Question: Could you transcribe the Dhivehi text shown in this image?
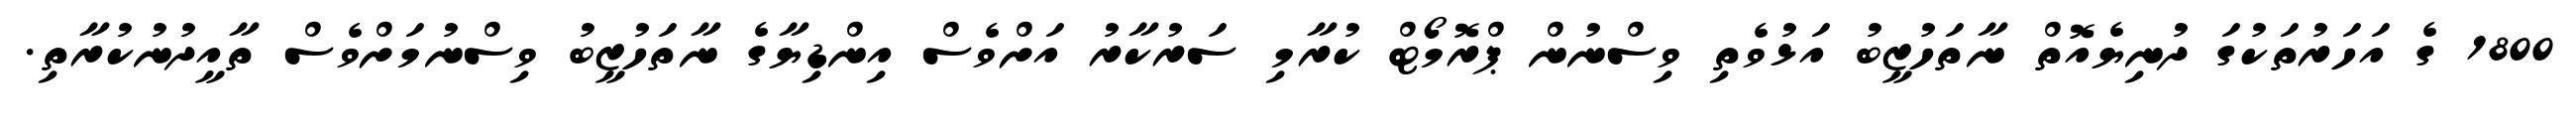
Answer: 1800 ގެ އަހަރުތަކުގަ ދުނިޔެއޮތް ނާތަހުޒީބު އަޅުވެތި ވިސްނުން ޕްރޮމޯޓް ކުރާމި ސަރުކާރު އަށްވެސް އިންޑިޔާގެ ނާތަހުޒީބު ވިސްނުމަށްވެސް ތާއީދުނުކުރާތި.